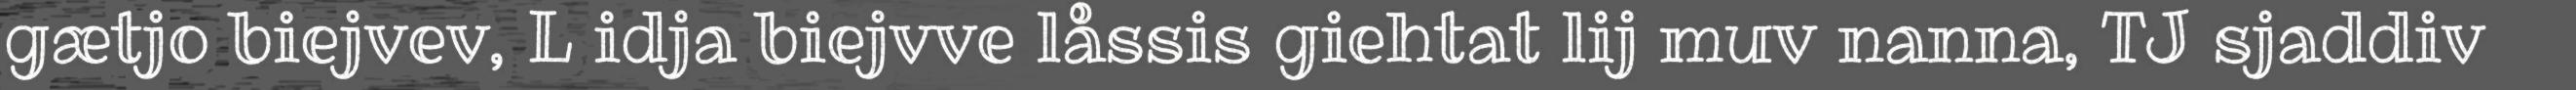
gætjo biejvev, L idja biejvve låssis giehtat lij muv nanna, TJ sjaddiv